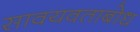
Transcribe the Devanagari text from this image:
सावयवताबोध